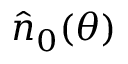
\hat { n } _ { 0 } ( \theta )